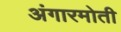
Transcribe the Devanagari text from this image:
अंगारमोती